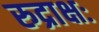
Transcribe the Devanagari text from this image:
रुद्राक्षः